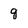
Character: q